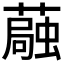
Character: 𫉴